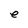
Character: e